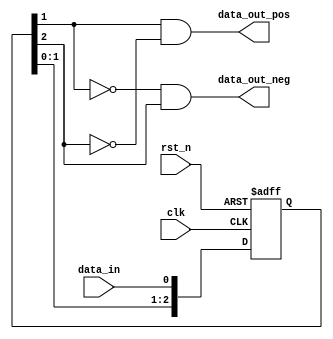
//************************************************************************//
// edge detect with 2ff sync 
module sync_edge_2ff (
    input   wire        clk,
    input   wire        rst_n,
    input   wire        data_in,
    output  wire        data_out_pos,
    output  wire        data_out_neg
);
//************************************************************************//
    reg     [2:0]       data_sync;
//************************************************************************//
    always @(posedge clk or negedge rst_n) begin
        if (!rst_n) begin
            data_sync <= 3'b000;
        end
        else begin
            data_sync <= {data_sync[1:0], data_in};
        end
    end

    assign data_out_pos = data_sync[1] & !data_sync[2];
    assign data_out_neg = !data_sync[1] & data_sync[2];
endmodule //sync_edge_2ff